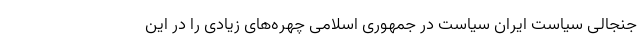
جنجالی سیاست ایران سیاست در جمهوری اسلامی چهره‌های زیادی را در این